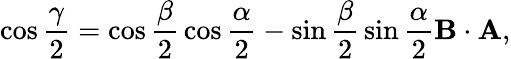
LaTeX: \cos{\frac{\gamma}{2}}=\cos{\frac{\beta}{2}}\cos{\frac{\alpha}{2}}-\sin{\frac{\beta}{2}}\sin{\frac{\alpha}{2}}\mathbf{B}\cdot\mathbf{A},